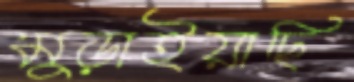
মুড়াইয়াছি